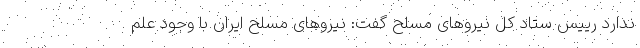
ندارد رییس ستاد کل نیروهای مسلح گفت: نیروهای مسلح ایران با وجود علم